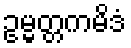
ဥမ္မတ္တကမိဒံ